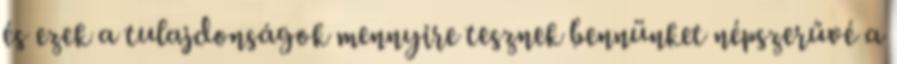
és ezek a tulajdonságok mennyire tesznek bennünket népszerűvé a